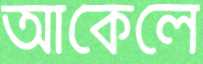
আকেলে